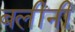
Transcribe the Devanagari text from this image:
बलींनीं